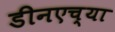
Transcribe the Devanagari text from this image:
डीनएच्या